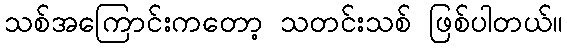
သစ်အကြောင်းကတော့ သတင်းသစ် ဖြစ်ပါတယ်။